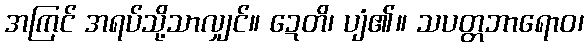
အကြင် အရပ်သို့သာလျှင်။ ဍေတိ၊ ပျံ၏။ သပတ္တဘာရောဝ၊